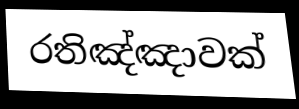
රතිඤ්ඤාවක්